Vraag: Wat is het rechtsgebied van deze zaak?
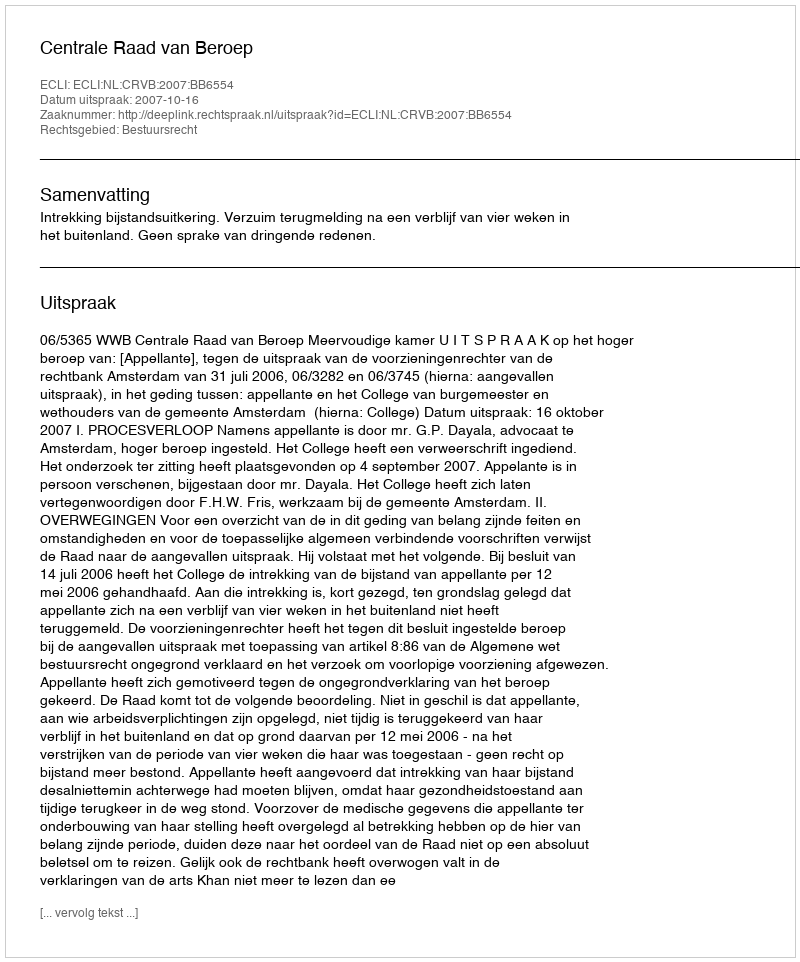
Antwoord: Bestuursrecht